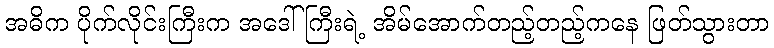
အဓိက ပိုက်လိုင်းကြီးက အဒေါ်ကြီးရဲ့ အိမ်အောက်တည့်တည့်ကနေ ဖြတ်သွားတာ